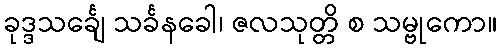
ခုဒ္ဒသင်္ချေ သင်္ခနခေါ၊ ဇလသုတ္တိ စ သမ္ဗုကော။